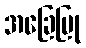
အခြေပြု